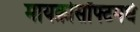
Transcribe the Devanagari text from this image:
मायक्रोसॉफ्टमधे